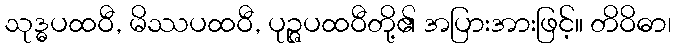
သုဒ္ဓပထဝီ, မိဿပထဝီ, ပုဉ္ဇပထဝီတို့၏ အပြားအားဖြင့်။ တိဝိဓာ၊